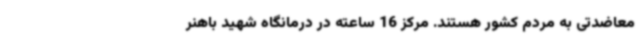
معاضدتی به مردم کشور هستند. مرکز 16 ساعته در درمانگاه شهید باهنر